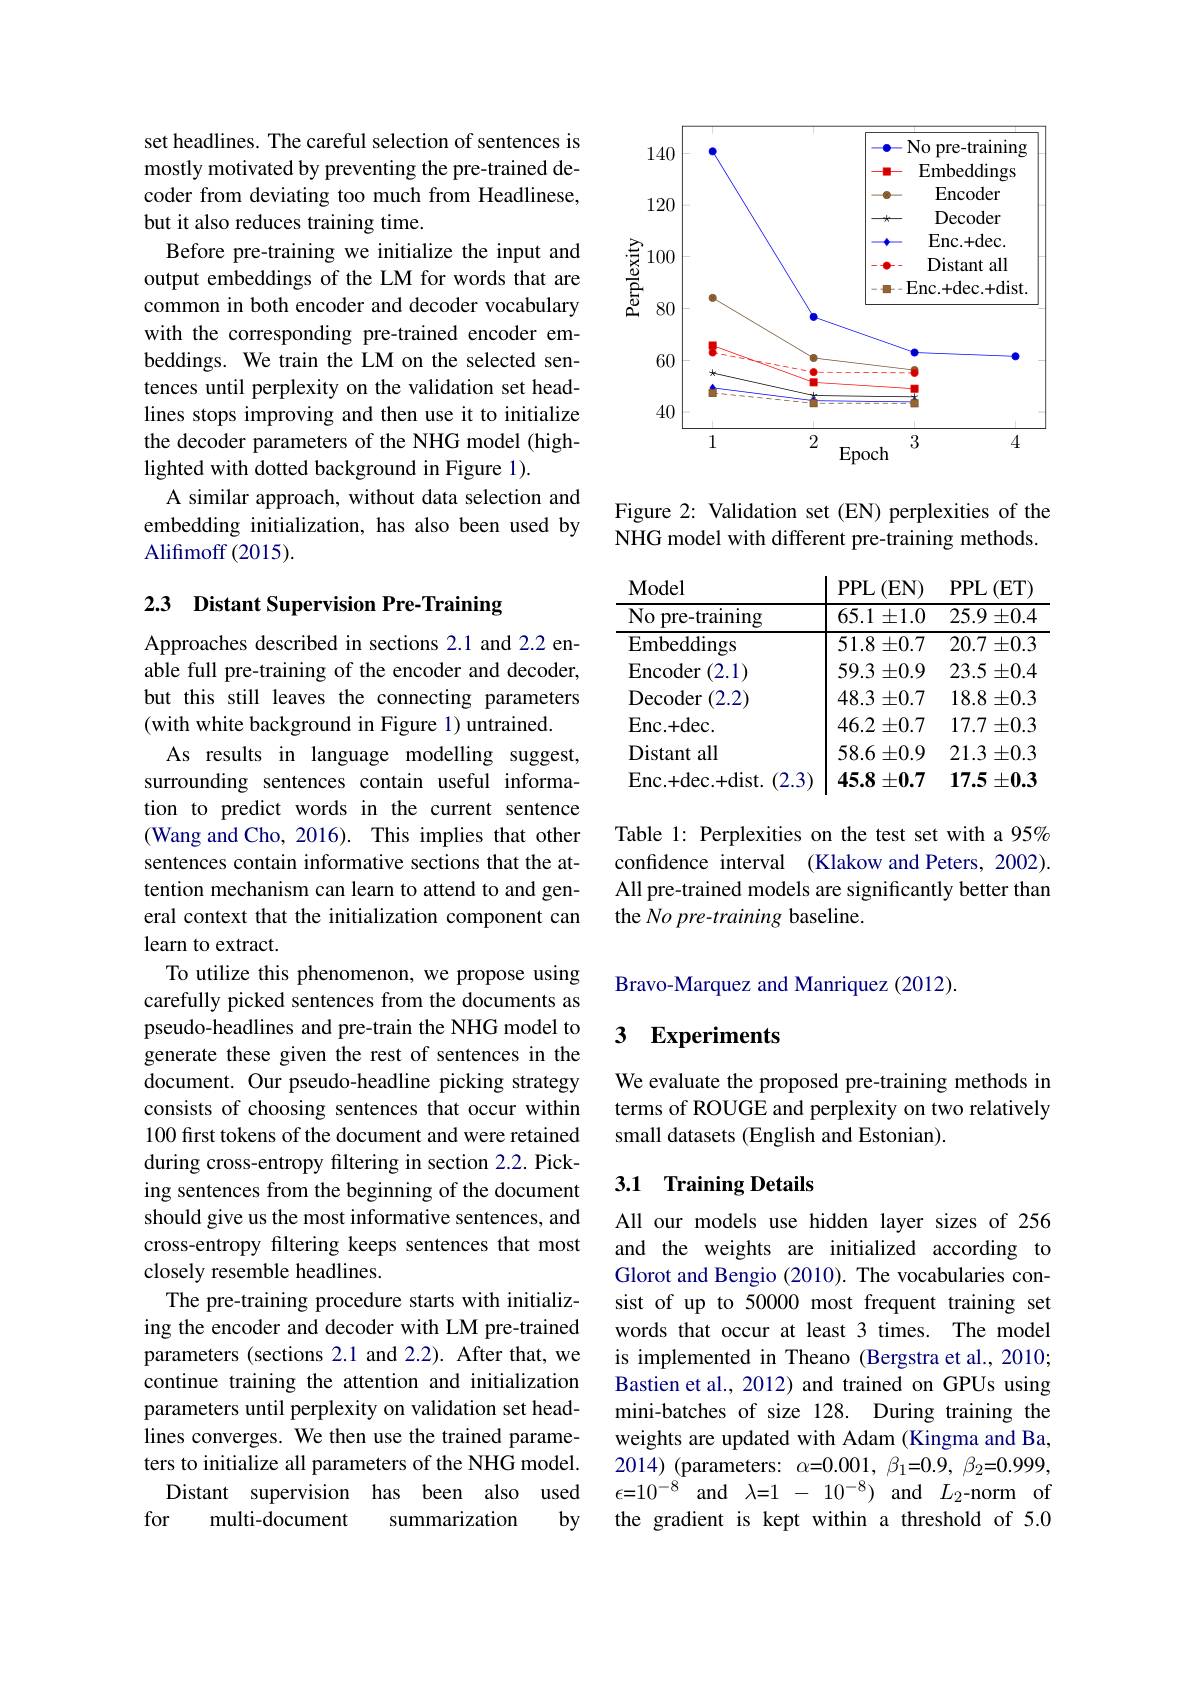
set headlines. The careful selection of sentences is mostly motivated by preventing the pre-trained decoder from deviating too much from Headlinese, but it also reduces training time.
Before pre-training we initialize the input and output embeddings of the LM for words that are common in both encoder and decoder vocabulary with the corresponding pre-trained encoder embeddings. We train the LM on the selected sentences until perplexity on the validation set headlines stops improving and then use it to initialize the decoder parameters of the NHG model (highlighted with dotted background in Figure 1).
A similar approach, without data selection and embedding initialization, has also been used by Alifimoff (2015).

## 2.3 Distant Supervision Pre-Training

Approaches described in sections 2.1 and 2.2 enable full pre-training of the encoder and decoder, but this still leaves the connecting parameters (with white background in Figure 1) untrained.
As results in language modelling suggest, surrounding sentences contain useful information to predict words in the current sentence (Wang and Cho, 2016). This implies that other sentences contain informative sections that the attention mechanism can learn to attend to and general context that the initialization component can learn to extract.
To utilize this phenomenon, we propose using carefully picked sentences from the documents as pseudo-headlines and pre-train the NHG model to generate these given the rest of sentences in the document. Our pseudo-headline picking strategy consists of choosing sentences that occur within 100 first tokens of the document and were retained during cross-entropy filtering in section 2.2. Picking sentences from the beginning of the document should give us the most informative sentences, and cross-entropy filtering keeps sentences that most closely resemble headlines.
The pre-training procedure starts with initializing the encoder and decoder with LM pre-trained parameters (sections 2.1 and 2.2). After that, we continue training the attention and initialization parameters until perplexity on validation set headlines converges. We then use the trained parameters to initialize all parameters of the NHG model.
Distant supervision has been also used
for
multi-document
$by$
summarization

<FigureHere>

Figure 2: Validation set (EN) perplexities of the NHG model with different pre-training methods.

<table>
	<tbody>
		<tr>
			<th>$No$ pre-training</th>
			<th>$65.1\pm1.0$</th>
			<th>$25.9\pm0.4$</th>
		</tr>
		<tr>
			<td>Embeddings</td>
			<td>51.8 $3\pm0.7$ 1</td>
			<td>$20.7\pm0.3$</td>
		</tr>
		<tr>
			<td>Encoder (2.1)</td>
			<td>59.3 $\pm0.9$</td>
			<td>$23.5\pm0.4$</td>
		</tr>
		<tr>
			<td>Decoder $^{\prime}2.2$</td>
			<td>48.3 $\pm0.7$</td>
			<td>$18.8\pm0.3$</td>
		</tr>
		<tr>
			<td>Enc. + dec</td>
			<td>46.2 $\pm0.7$</td>
			<td>$17.7\pm0.3$</td>
		</tr>
		<tr>
			<td>Distant t all</td>
			<td>58.6 $\pm0.9$</td>
			<td>$21.3\pm0.3$</td>
		</tr>
		<tr>
			<td>Enc. + dec. + dist. 17</td>
			<td>45.8 3) $\pm0.7$</td>
			<td>$17.5\pm0.3$</td>
		</tr>
	</tbody>
</table>

Table 1: Perplexities on the test set with a 95% confdence interval (Klakow and Peters, 2002). All pre-trained models are significantly better than the No pre-training baseline.

Bravo-Marquez and Manriquez (2012).

## 3 Experiments

We evaluate the proposed pre-training methods in terms of ROUGE and perplexity on two relatively small datasets (English and Estonian).

### 3.1 Training Details

All our models use hidden layer sizes of 256 and the weights are initialized according to Glorot and Bengio (2010). The vocabularies consist of up to 50000 most frequent training set words that occur at least 3 times. The model is implemented in Theano (Bergstra et al., 2010; Bastien et al., 2012) and trained on GPUs using mini-batches of size 128. During training the weights are updated with Adam (Kingma and Ba, 2014) (parameters: $\alpha=0.001,\beta_{1}=0.9,\beta_{2}=0.999$, $\epsilon{=}10^{-8}$ and$\lambda{=}1-10^{-8})$ and$L_2$-norm of the gradient is kept within a threshold of 5.0